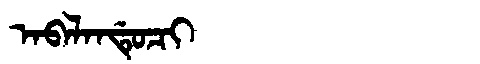
Manchu: ᠠᠪᠠᠯᠠᠨᡩᡠᠴᡳ
Romanization: ABALANDUCI